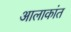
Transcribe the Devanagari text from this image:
आलाकांत